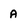
Character: A